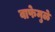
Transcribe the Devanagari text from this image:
वाफेमुळे